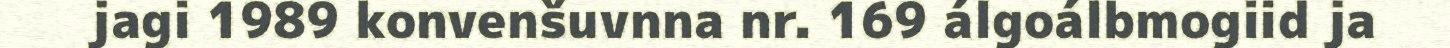
jagi 1989 konvenšuvnna nr. 169 álgoálbmogiid ja